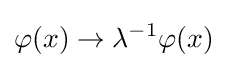
\varphi (x)\rightarrow \lambda ^{-1}\varphi (x)